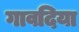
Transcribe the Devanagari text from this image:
गावदिया